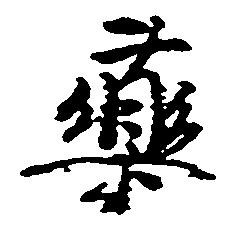
薬